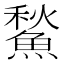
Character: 𩹤